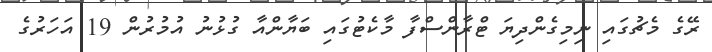
ރޭގެ މެޗުގައި ނިމިގެންދިޔަ ޓްރާންސްފާ މާކެޓުގައި ބަޔާންއާ ގުޅުނު އުމުރުން 19 އަހަރުގެ